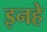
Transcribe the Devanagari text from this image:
इनहे